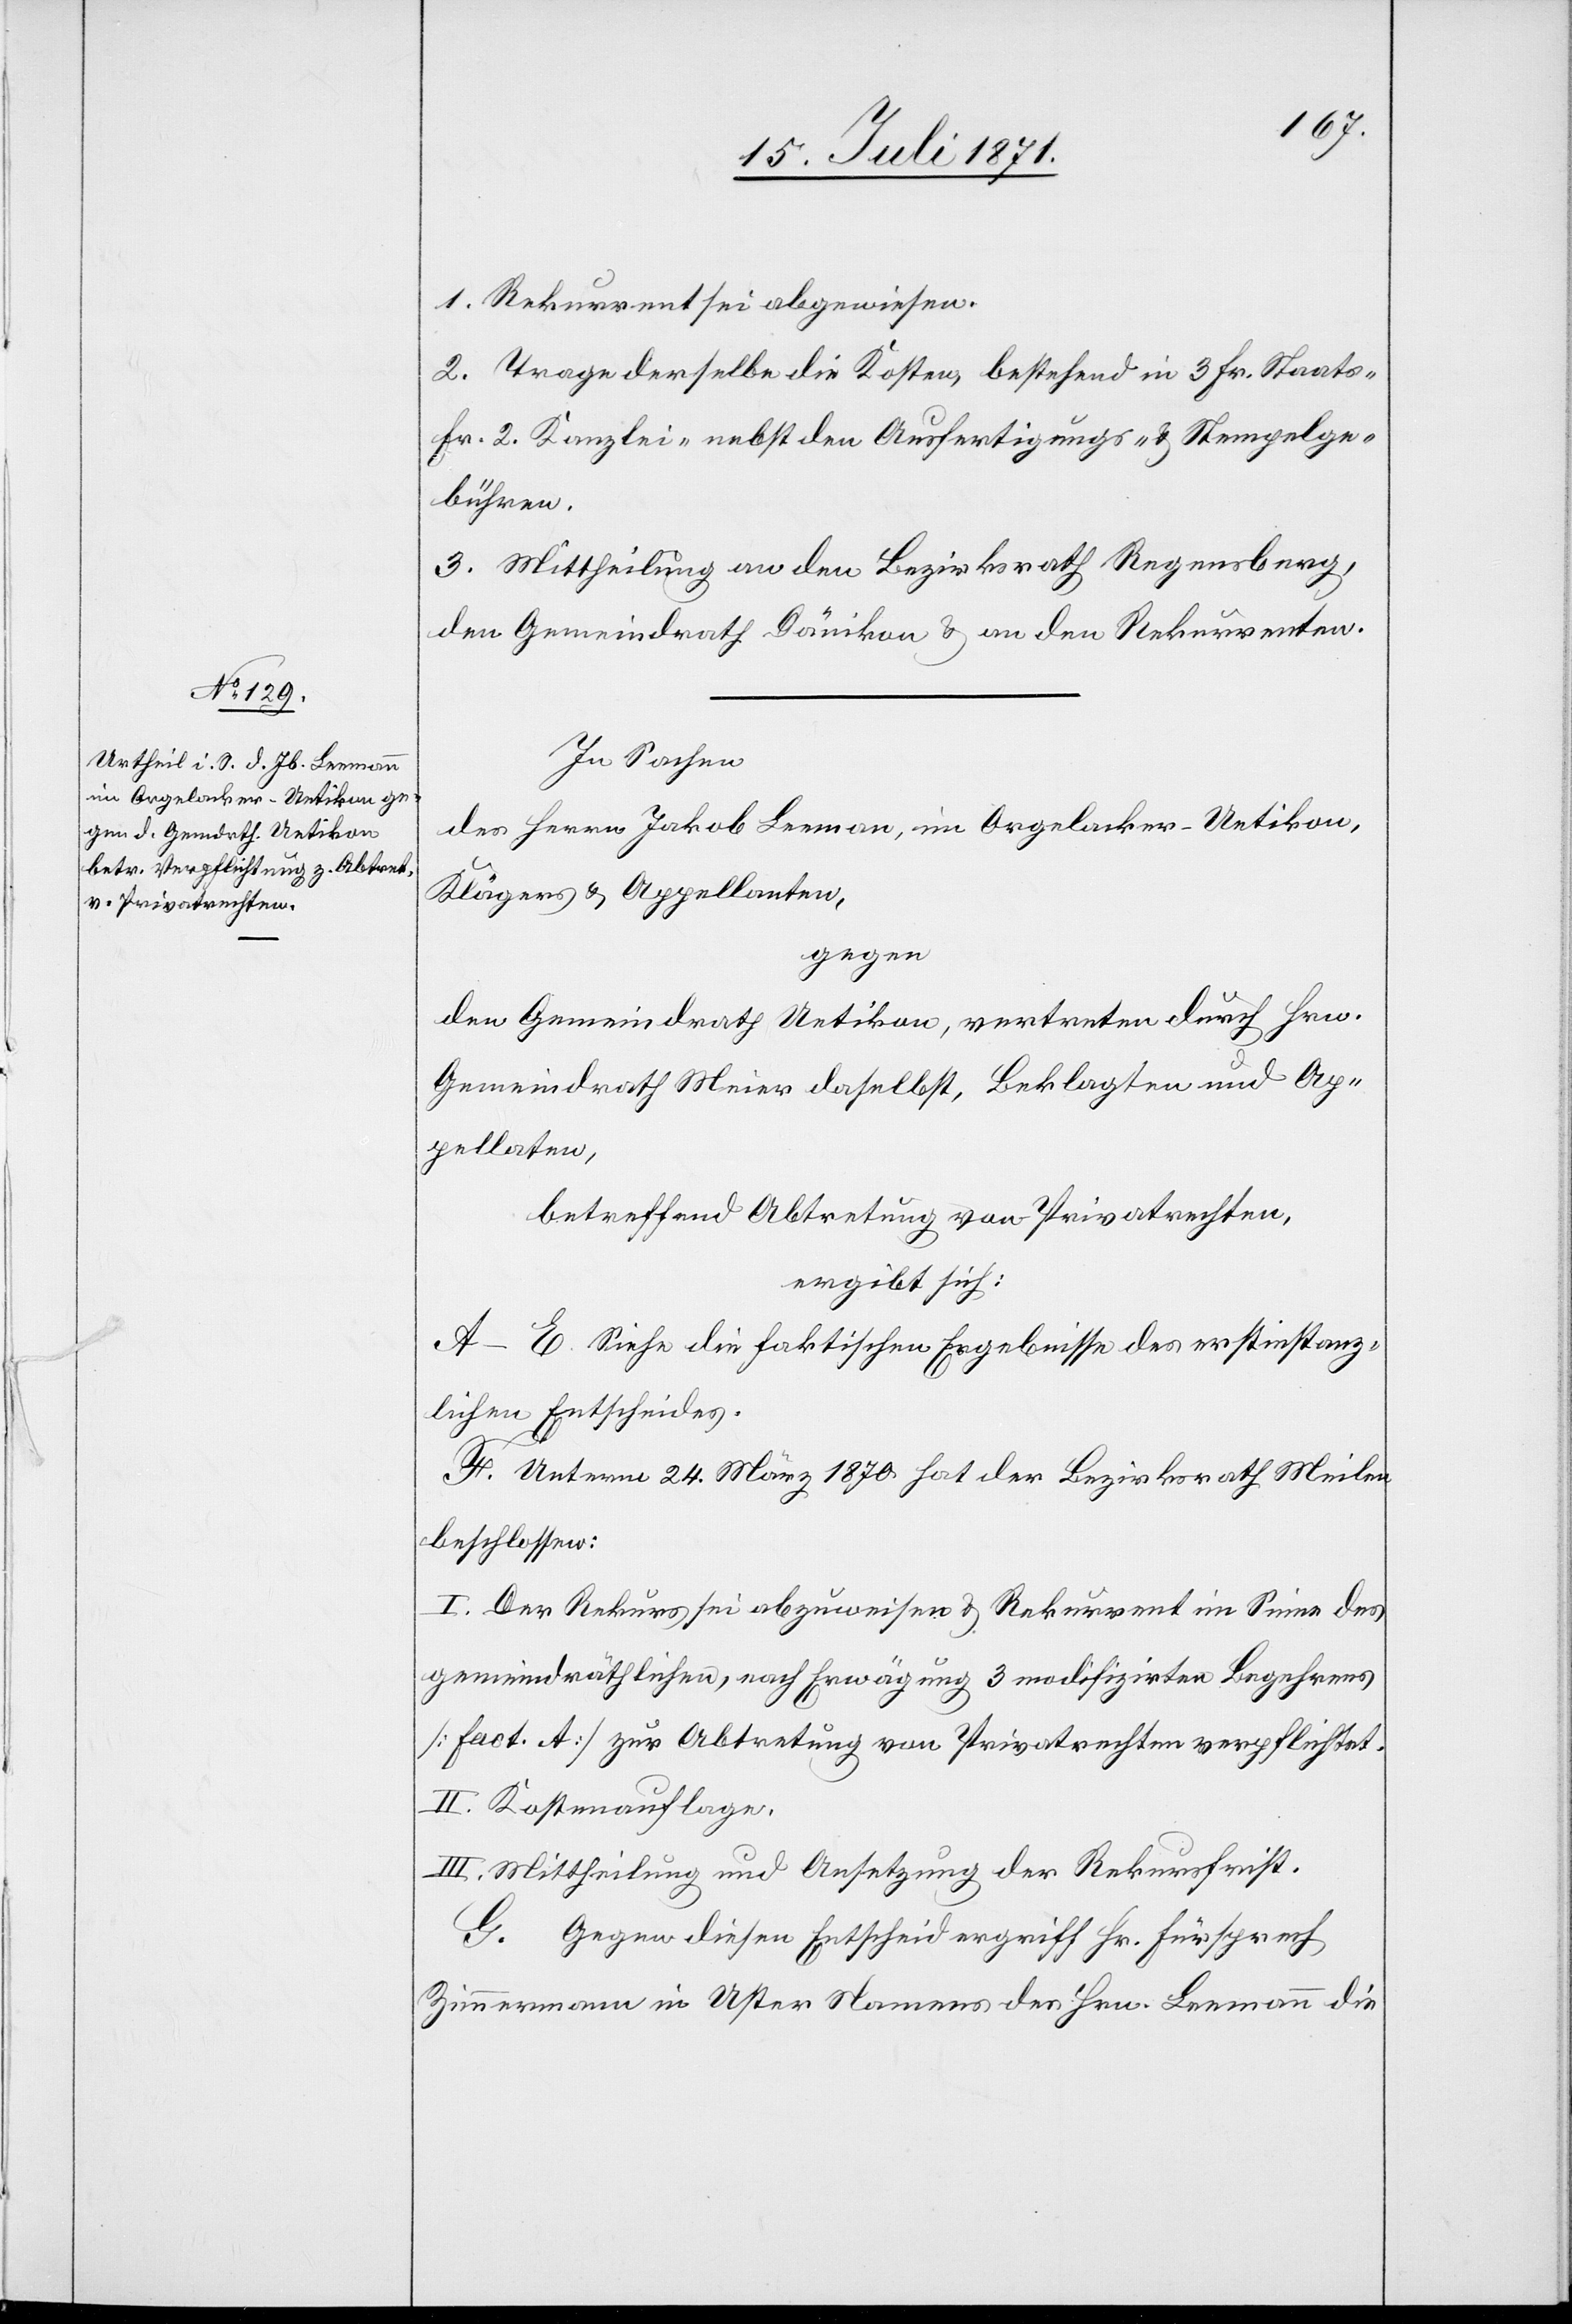
1. Rekurrent sei abgewiesen.
2. Tage derselbe die Kosten, bestehend in 3 Fr. Staats-
Fr. 2 Kanzlei- nebst den Ausfertigungs- u. Stempelge¬
bühren.
3. Mittheilung an den Bezirksrath Regensberg,
den Gemeindrath Dänikon u. an den Rekurrenten.
In Sachen
der Herren Jakob Leeman [sic!], im Orgelacker-Uetikon,
Klägers u. Appellanten,
gegen
den Gemeindrath Uetikon, vertreten durch Hrn.
Gemeindrath Meier daselbst, Beklagten und Ap¬
pellaten,
betreffend Abtretung von Privatrechten,
ergibt sich:
A–E. Siehe die faktischen Ergebnisse des erstinstanz¬
lichen Entscheides.
F. Unterm 24. März 1870 hat der Bezirksrath Meilen
beschlossen:
I. Der Rekurs sei abzuweisen u. Rekurrent im Sinne des
gemeindräthlichen, nach Erwägung 3 modifizirten Begehrens
[Fact. A] zur Abtretung von Privatrechten verpflichtet.
II. Mittheilung und Ansetzung der Rekursfrist.
G. Gegen diesen Entscheid ergriff Hr. Fürsprech
Zimmermann in Uster Namens des Hrn. Leemann die